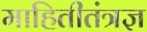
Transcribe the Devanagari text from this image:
माहितीतंत्रज्ञ